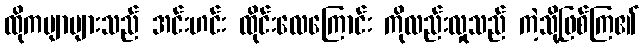
ထိုကဗျာများသည် အင်းဟင်း ထိုင်းလေကြောင်း ကိုလည်းလှုသည် ကဲ့သို့ဖြစ်ကြ၏